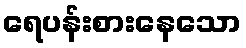
ရေပန်းစားနေသော